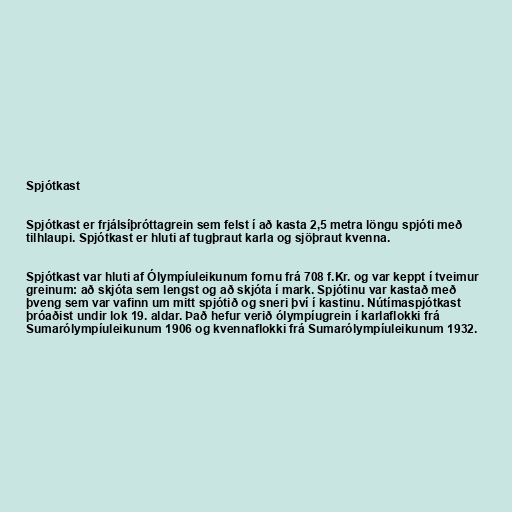
Spjótkast

Spjótkast er frjálsíþróttagrein sem felst í að kasta 2,5 metra löngu spjóti með
tilhlaupi. Spjótkast er hluti af tugþraut karla og sjöþraut kvenna.

Spjótkast var hluti af Ólympíuleikunum fornu frá 708 f.Kr. og var keppt í tveimur
greinum: að skjóta sem lengst og að skjóta í mark. Spjótinu var kastað með
þveng sem var vafinn um mitt spjótið og sneri því í kastinu. Nútímaspjótkast
þróaðist undir lok 19. aldar. Það hefur verið ólympíugrein í karlaflokki frá
Sumarólympíuleikunum 1906 og kvennaflokki frá Sumarólympíuleikunum 1932.